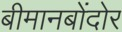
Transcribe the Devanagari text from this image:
बीमानबोंदोर